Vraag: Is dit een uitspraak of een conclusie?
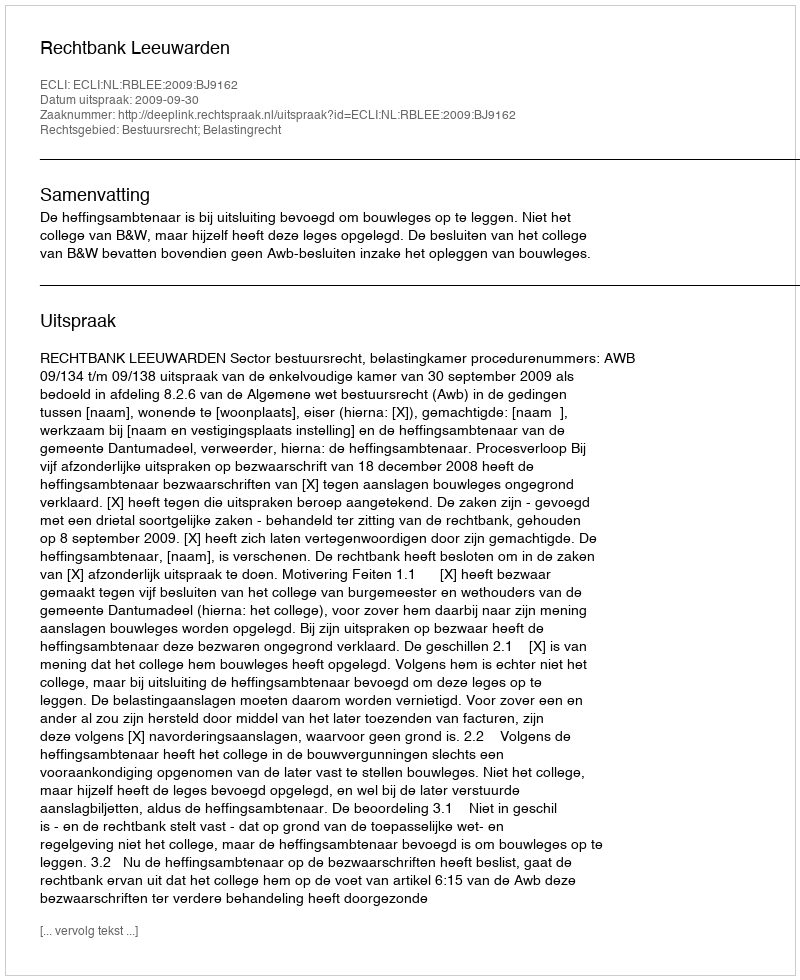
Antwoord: Uitspraak